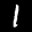
Label: 1